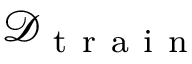
\mathcal { D } _ { \mathrm { ~ t ~ r ~ a ~ i ~ n ~ } }